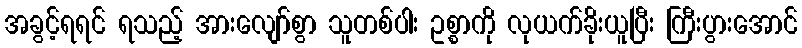
အခွင့်ရရင် ရသည့် အားလျော်စွာ သူတစ်ပါး ဥစ္စာကို လုယက်ခိုးယူပြီး ကြီးပွားအောင်